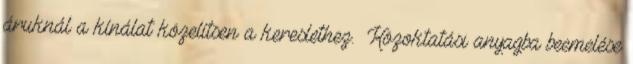
áruknál a kínálat közelítsen a kereslethez. ▪Közoktatási anyagba beemelése